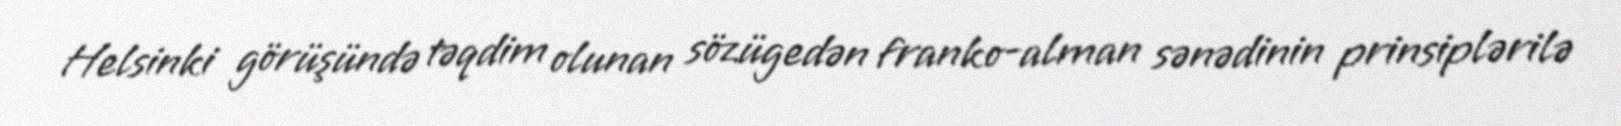
Helsinki görüşündə təqdim olunan sözügedən franko-alman sənədinin prinsiplərilə